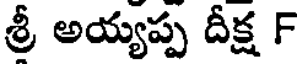
శ్రీ అయ్యప్ప దీక్ష F